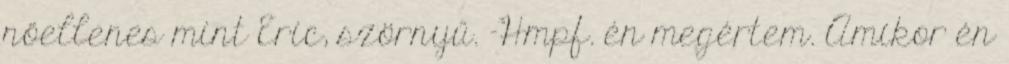
nőellenes mint Eric, szörnyű. -Hmpf. én megértem. Amikor én